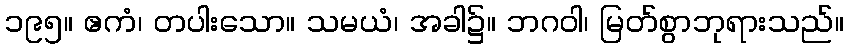
၁၉၅။ ဧကံ၊ တပါးသော။ သမယံ၊ အခါ၌။ ဘဂဝါ၊ မြတ်စွာဘုရားသည်။